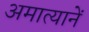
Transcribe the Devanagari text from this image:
अमात्यानें